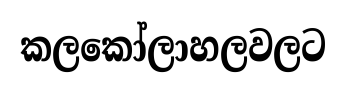
කලකෝලාහලවලට